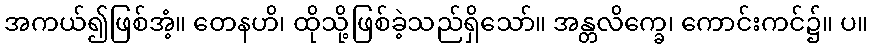
အကယ်၍ဖြစ်အံ့။ တေနဟိ၊ ထိုသို့ဖြစ်ခဲ့သည်ရှိသော်။ အန္တလိက္ခေ၊ ကောင်းကင်၌။ ပ။